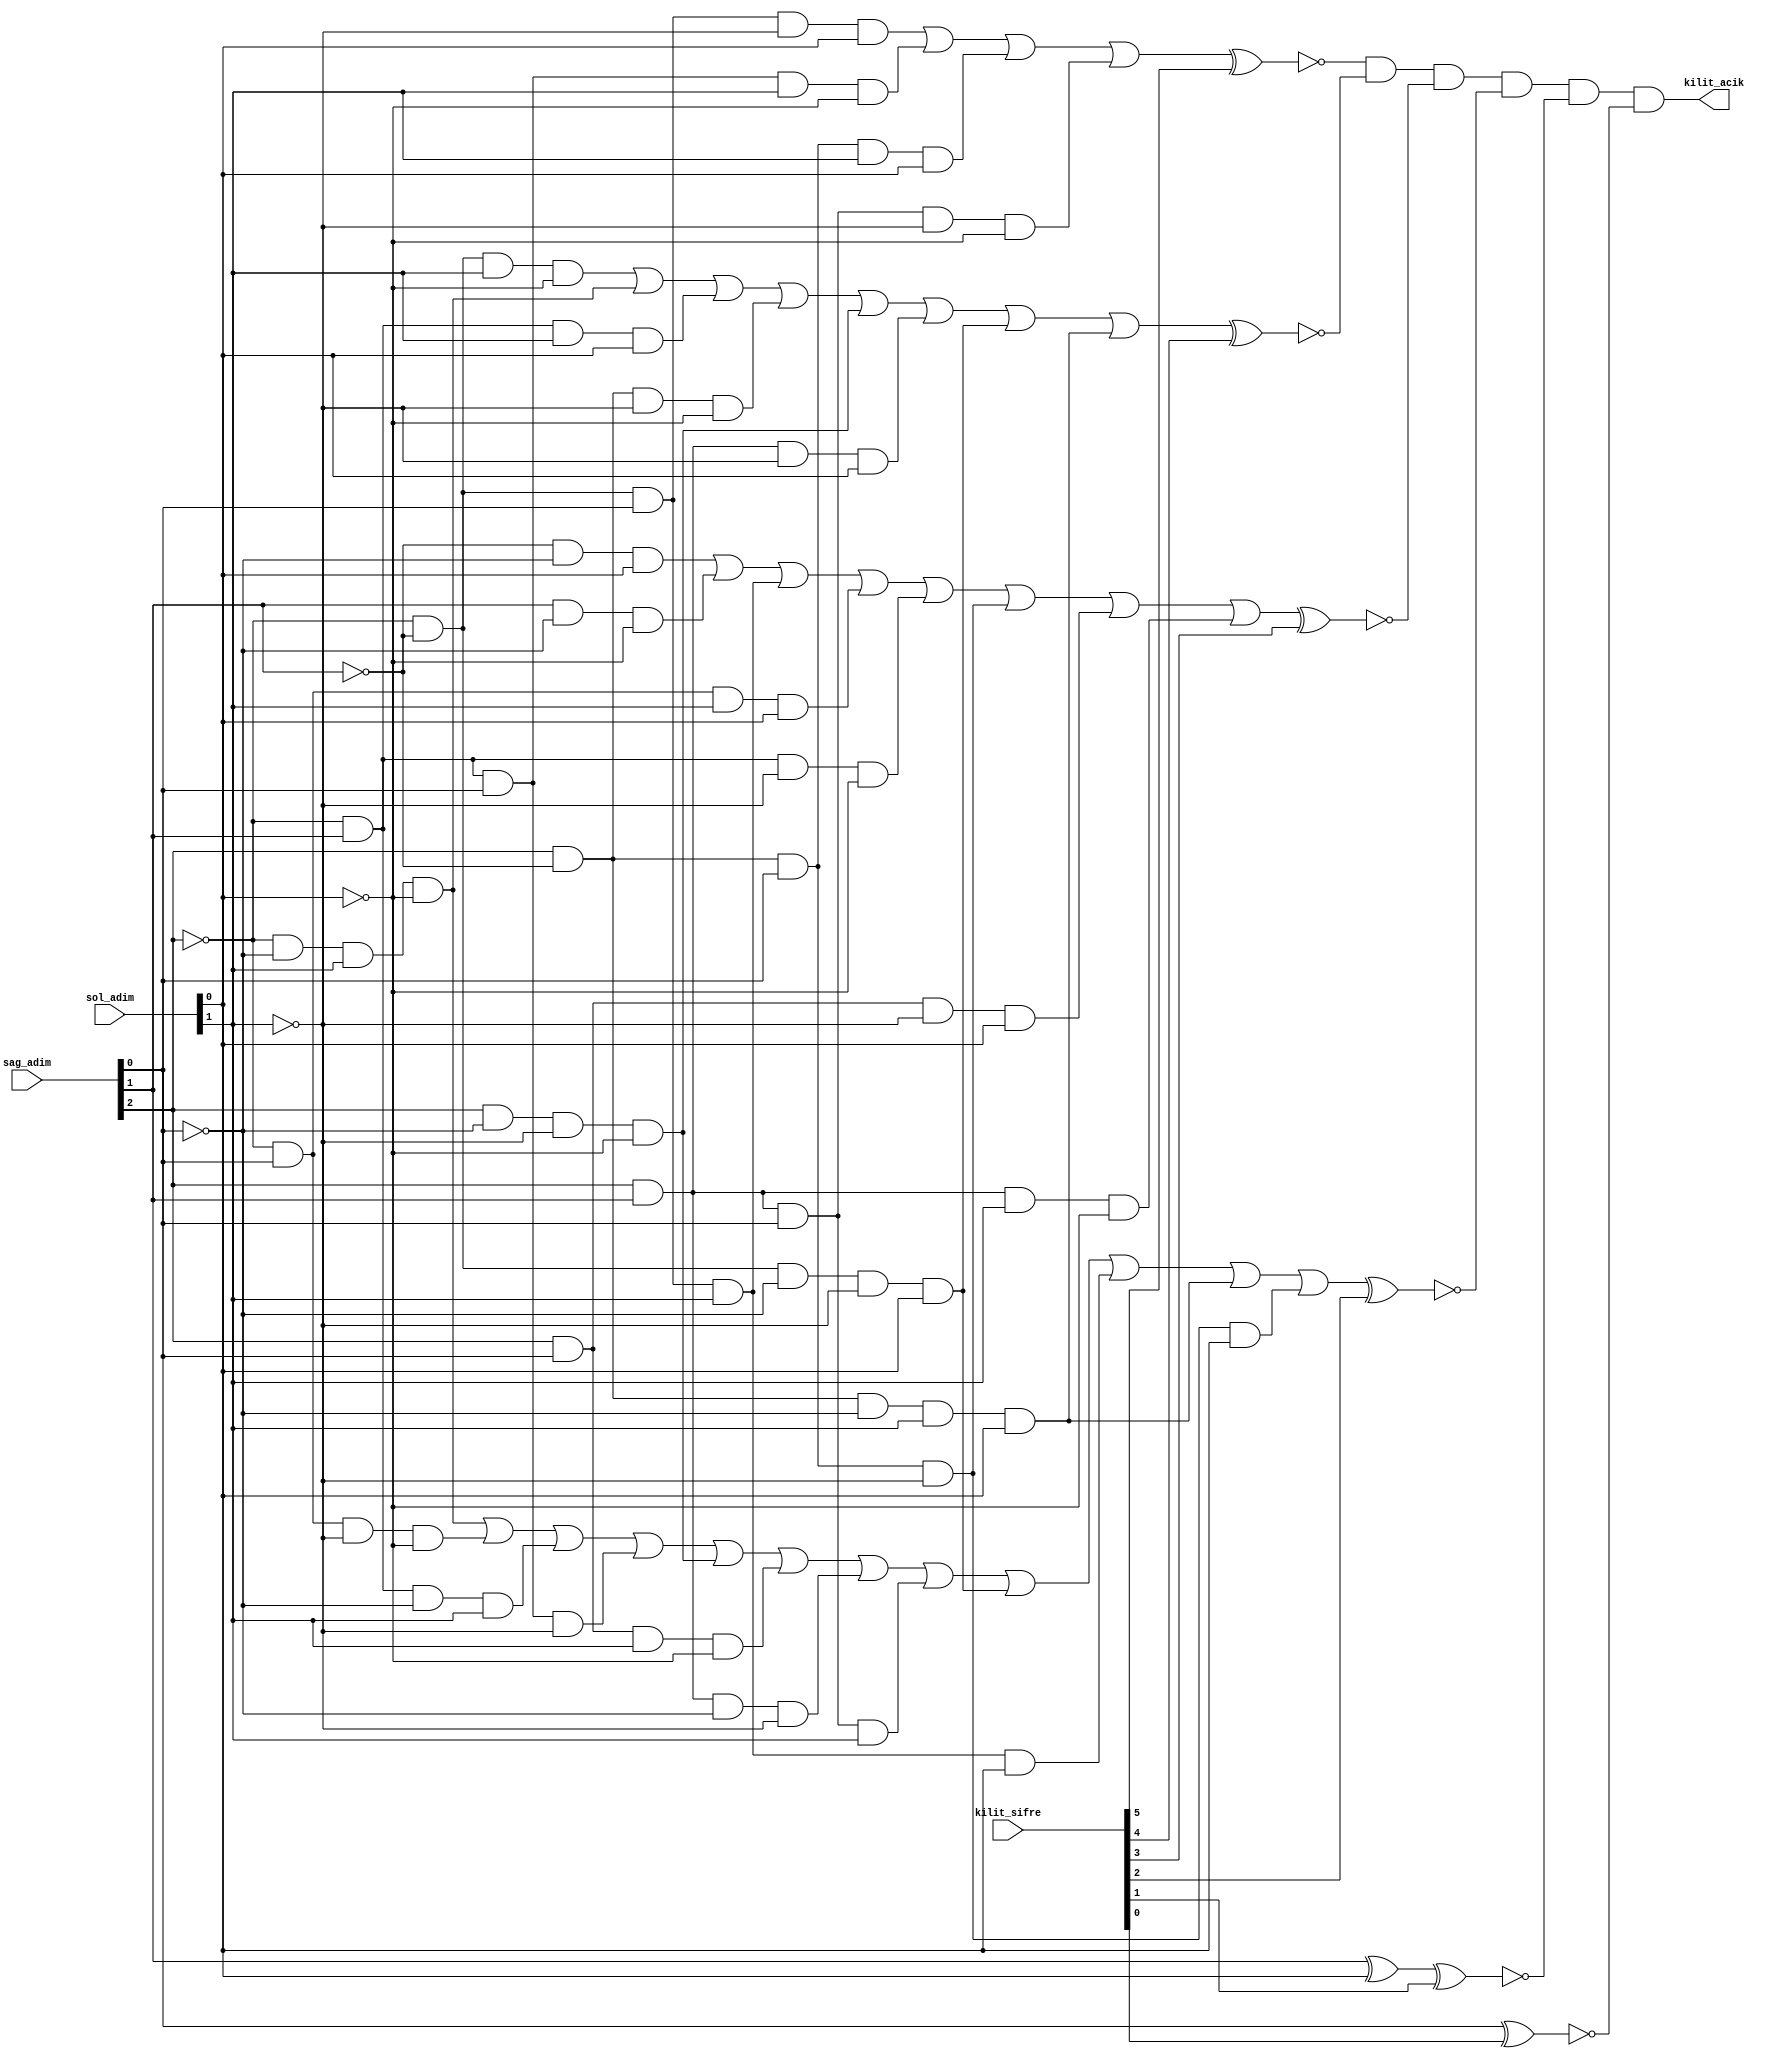
module kilit_acici(
    input [2:0] sag_adim,
    input [1:0] sol_adim,
    input [5:0] kilit_sifre,
    output kilit_acik
);
    
wire [5:0] sonuc;
wire A, B, C, D, E;
wire nA, nB, nC, nD, nE;
    
buf(A, sag_adim[2]);
buf(B, sag_adim[1]);
buf(C, sag_adim[0]);
buf(D, sol_adim[1]);
buf(E, sol_adim[0]);
    
not(nA, A);
not(nB, B);
not(nC, C);
not(nD, D);
not(nE, E);
    
// SONUC[5] = A'B'CD'E + A'BCDE' + AB'CDE + ABCD'E'
wire w51, w52, w53, w54;
and(w51, nA, nB, C, nD, E);
and(w52, nA, B, C, D, nE);
and(w53, A, nB, C, D, E);
and(w54, A, B, C, nD, nE);
or(sonuc[5], w51, w52, w53, w54);
    
// SONUC[4] = A'B'DE' + A'C'DE' + A'BDE + AB'D'E' + AC'D'E' + ABD'E + A'B'C'D'E + AB'C'DE
wire w41, w42, w43, w44, w45, w46, w47, w48;
and(w41, nA, nB, D, nE);
and(w42, nA, nC, D, nE);
and(w43, nA, B, D, E);
and(w44, A, nB, nD, nE);
and(w45, A, nC, nD, nE);
and(w46, A, B, nD, E);
and(w47, nA, nB, nC, nD, E);
and(w48, A, nB, nC, D, E);
or(sonuc[4], w41, w42, w43, w44, w45, w46, w47, w48);
    
// SONUC[3] = B'C'E + BC'E' + A'B'CD + A'CDE + A'BD'E' + AB'CD' + ACD'E + ABDE'
wire w31, w32, w33, w34, w35, w36, w37, w38;
and(w31, nB, nC, E);
and(w32, B, nC, nE);
and(w33, nA, nB, C, D);
and(w34, nA, C, D, E);
and(w35, nA, B, nD, nE);
and(w36, A, nB, C, nD);
and(w37, A, C, nD, E);
and(w38, A, B, D, nE);
or(sonuc[3], w31, w32, w33, w34, w35, w36, w37, w38);
    
// SONUC[2] = A'C'DE' + A'CD'E' + A'BC'D + A'BCD' + AC'D'E' + ACDE' + ABC'D' + ABCD + A'B'C'D'E + A'B'CDE + AB'C'DE + AB'CD'E
wire w21, w22, w23, w24, w25, w26, w27, w28, w29, w210, w211, w212;
and(w21,  nA, nC, D, nE);
and(w22,  nA, C, nD, nE);
and(w23,  nA, B, nC, D);
and(w24,  nA, B, C, nD);
and(w25,  A, nC, nD, nE);
and(w26,  A, C, D, nE);
and(w27,  A, B, nC, nD);
and(w28,  A, B, C, D);
and(w29,  nA, nB, nC, nD, E);
and(w210, nA, nB, C, D, E);
and(w211, A, nB, nC, D, E);
and(w212, A, nB, C, nD, E);
or(sonuc[2], w21, w22, w23, w24, w25, w26, w27, w28, w29, w210, w211, w212);
    
// SONUC[1] = B'E + BE'
xor(sonuc[1], B, E);
    
// SONUC[0] = C
buf(sonuc[0], C);
    
// karsilastirma
wire [5:0] k;
xnor(k[5], sonuc[5], kilit_sifre[5]);
xnor(k[4], sonuc[4], kilit_sifre[4]);
xnor(k[3], sonuc[3], kilit_sifre[3]);
xnor(k[2], sonuc[2], kilit_sifre[2]);
xnor(k[1], sonuc[1], kilit_sifre[1]);
xnor(k[0], sonuc[0], kilit_sifre[0]);
and(kilit_acik, k[5], k[4], k[3], k[2], k[1], k[0]);
    
endmodule